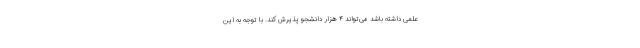
علمی داشته باشد می‌تواند ۴ هزار دانشجو پذیرش کند. با توجه به این